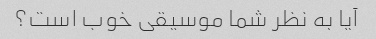
آیا به نظر شما موسیقی خوب است؟